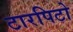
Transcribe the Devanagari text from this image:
टारपिटो